Indian journal of veterinary science and animal husbandry - Volume 4,
Year: 1934
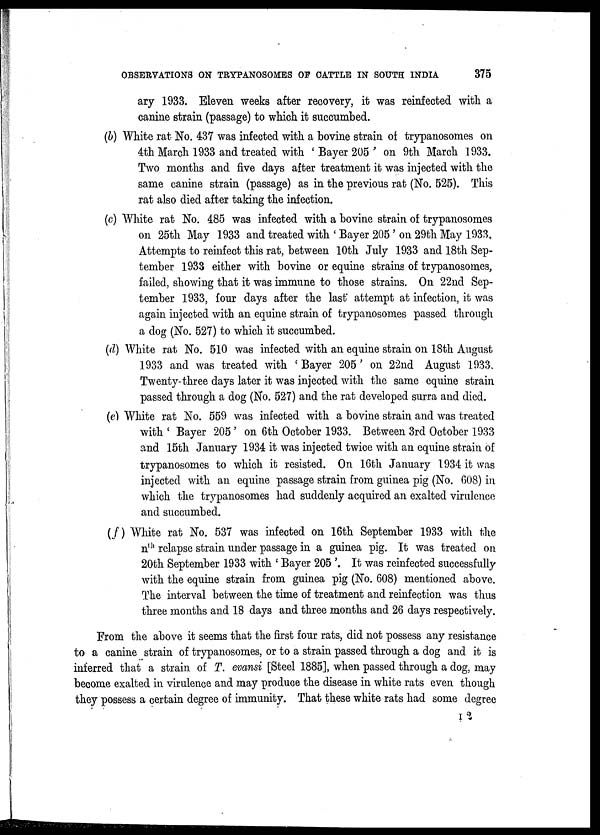
OBSERVATIONS ON TRYPANOSOMES OF CATTLE IN SOUTH INDIA
375
ary 1933. Eleven weeks after recovery, it was reinfected with a
canine strain (passage) to which it succumbed.
(b) White rat No. 437 was infected with a bovine strain of trypanosomes on
4th March 1933 and treated with ' Bayer 205 ' on 9th March 1933.
Two months and five days after treatment it was injected with the
same canine strain (passage) as in the previous rat (No. 525). This
rat also died after taking the infection.
(c) White rat No. 485 was infected with a bovine strain of trypanosomes
on 25th May 1933 and treated with ' Bayer 205 ' on 29th May 1933.
Attempts to reinfect this rat, between 10th July 1933 and 18th Sep-
tember 1933 either with bovine or equine strains of trypanosomes,
failed, showing that it was immune to those strains. On 22nd Sep-
tember 1933, four days after the last attempt at infection, it was
again injected with an equine strain of trypanosomes passed through
a dog (No. 527) to which it succumbed.
(d) White rat No. 510 was infected with an equine strain on 18th August
1933 and was treated with 'Bayer 205' on 22nd August 1933
Twenty-three days later it was injected with the same equine strain
passed through a dog (No. 527) and the rat developed surra and died.
(e) White rat No. 559 was infected with a bovine strain and was treated
with ' Bayer 205 ' on 6th October 1933. Between 3rd October 1933
and 15th January 1934 it was injected twice with an equine strain of
trypanosomes to which it resisted. On 16th January 1934 it was
injected with an equine passage strain from guinea pig (No. 608) in
which the trypanosomes had suddenly acquired an exalted virulence
and succumbed.
(f) White rat No. 537 was infected on 16th September 1933 with the
n th relapse strain under passage in a guinea pig. It was treated on
20th September 1933 with ' Bayer 205 '. It was reinfected successfully
with the equine strain from guinea pig (No. 608) mentioned above.
The interval between the time of treatment and reinfection was thus
three months and 18 days and three months and 26 days respectively.
From the above it seems that the first four rats, did not possess any resistance
to a canine strain of trypanosomes, or to a strain passed through a dog and it is
inferred that a strain of T. evansi [Steel 1885], when passed through a dog, may
become exalted in virulence and may produce the disease in white rats even though
they possess a certain degree of immunity. That these white rats had some degree
I 2